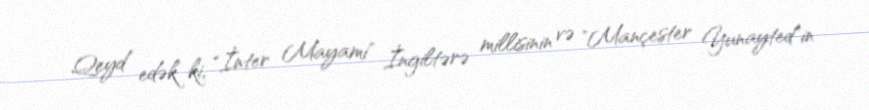
Qeyd edək ki, "İnter Mayami" İngiltərə millisinin və "Mançester Yunayted"in